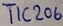
Text: TIC206